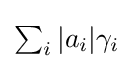
{\textstyle \sum _{i}|a_{i}|\gamma _{i}}